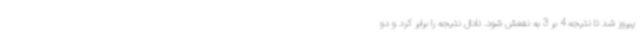
پیروز شد تا نتیجه 4 بر 3 به نفعش شود. نادال نتیجه را برابر کرد و دو